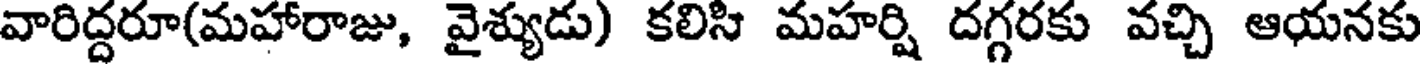
వారిద్దరూ(మహారాజు, వైశ్యుడు) కలిసి మహర్షి దగ్గరకు వచ్చి ఆయనకు